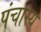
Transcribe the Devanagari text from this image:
पंचास्य